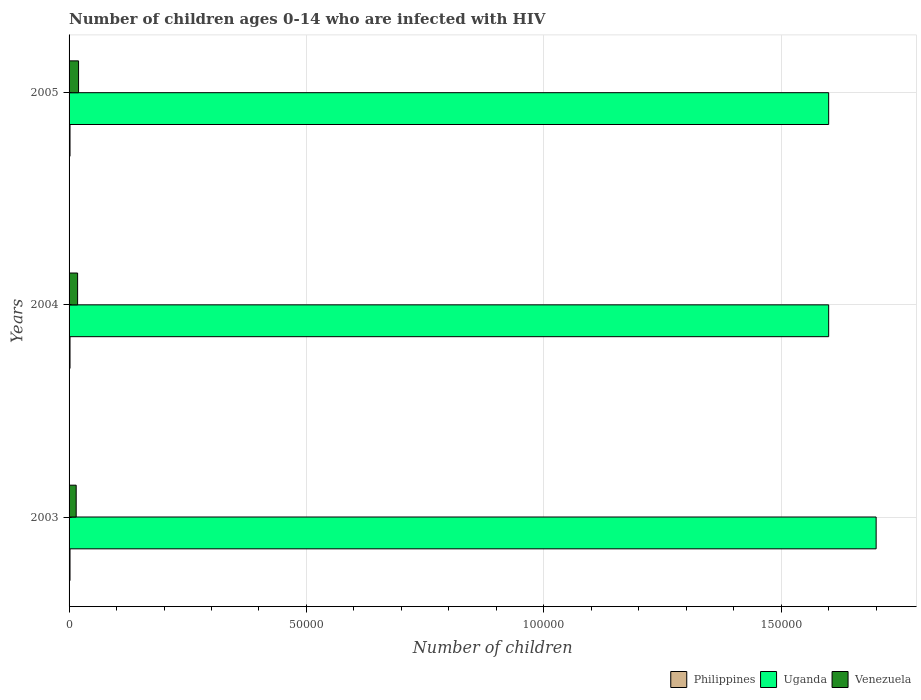
| Years | Philippines | Uganda | Venezuela |
 | --- | --- | --- | --- |
 | 2003 | 200 | 1.7e+05 | 1.5e+03 |
 | 2004 | 200 | 1.6e+05 | 1.8e+03 |
 | 2005 | 200 | 1.6e+05 | 2e+03 |